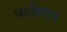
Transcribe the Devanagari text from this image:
फाहिएन